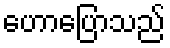
ဟောပြောသည်